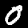
Digit: 0